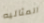
المثاليه